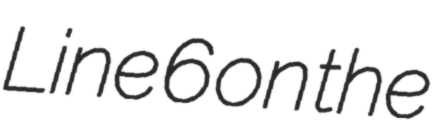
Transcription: Line 6 on the